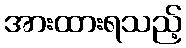
အားထားရသည့်